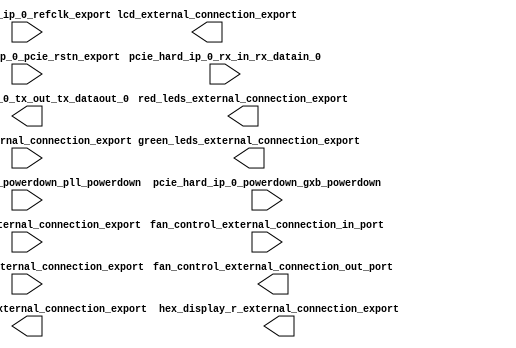

module pcihellocore (
	fan_control_external_connection_in_port,
	fan_control_external_connection_out_port,
	green_leds_external_connection_export,
	pcie_hard_ip_0_pcie_rstn_export,
	pcie_hard_ip_0_powerdown_pll_powerdown,
	pcie_hard_ip_0_powerdown_gxb_powerdown,
	pcie_hard_ip_0_refclk_export,
	pcie_hard_ip_0_rx_in_rx_datain_0,
	pcie_hard_ip_0_tx_out_tx_dataout_0,
	push_buttons_external_connection_export,
	red_leds_external_connection_export,
	switches_external_connection_export,
	hex_display_l_external_connection_export,
	hex_display_r_external_connection_export,
	ir_receiver_external_connection_export,
	lcd_external_connection_export);	

	input		fan_control_external_connection_in_port;
	output		fan_control_external_connection_out_port;
	output	[31:0]	green_leds_external_connection_export;
	input		pcie_hard_ip_0_pcie_rstn_export;
	input		pcie_hard_ip_0_powerdown_pll_powerdown;
	input		pcie_hard_ip_0_powerdown_gxb_powerdown;
	input		pcie_hard_ip_0_refclk_export;
	input		pcie_hard_ip_0_rx_in_rx_datain_0;
	output		pcie_hard_ip_0_tx_out_tx_dataout_0;
	input	[31:0]	push_buttons_external_connection_export;
	output	[31:0]	red_leds_external_connection_export;
	input	[31:0]	switches_external_connection_export;
	output	[31:0]	hex_display_l_external_connection_export;
	output	[31:0]	hex_display_r_external_connection_export;
	input	[31:0]	ir_receiver_external_connection_export;
	output	[31:0]	lcd_external_connection_export;
endmodule